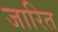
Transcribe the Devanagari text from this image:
जारित